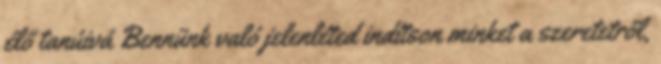
élő tanúivá Bennünk való jelenléted indítson minket a szeretetről,